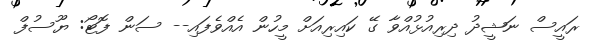
ރައީސް ނަޝީދު ދިރިއުޅުއްވާ ގޭ ކައިރިއަށް މީހުން އެއްވެފައި-- ސަން ފޮޓޯ: ޔޫސުފް